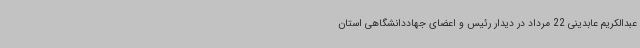
عبدالکریم عابدینی 22 مرداد در دیدار رئیس و اعضای جهاددانشگاهی استان